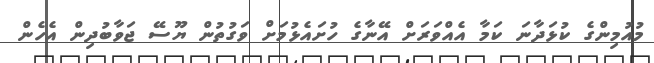
މުއުމިންގެ ކުޅަދާނަ ކަމާ އެއްވަރަށް އޭނާގެ ހުށައެޅުމަށް ވަގުތުން ޔޫސޭ ޖަވާބުދިން އެހެން